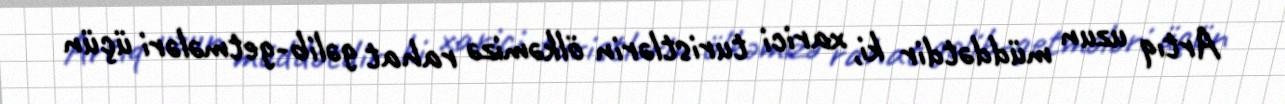
Artıq uzun müddətdir ki, xarici turistlərin ölkəmizə rahat gəlib-getmələri üçün